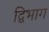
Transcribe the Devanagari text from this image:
द्विभाग